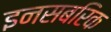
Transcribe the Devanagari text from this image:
इनसबरिक